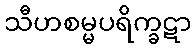
သီဟစမ္မပရိက္ခဋာ